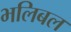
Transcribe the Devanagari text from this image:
भलिबल